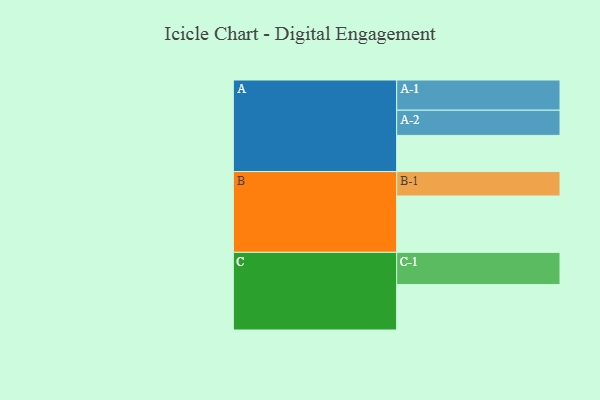
{"axis": {"x": "Segment", "y": "Value"}, "legend": ["", "A", "B", "C"], "data": [{"x": "A", "y": 333, "type": ""}, {"x": "B", "y": 519, "type": ""}, {"x": "C", "y": 418, "type": ""}, {"x": "A-1", "y": 278, "type": "A"}, {"x": "A-2", "y": 232, "type": "A"}, {"x": "B-1", "y": 225, "type": "B"}, {"x": "C-1", "y": 297, "type": "C"}]}